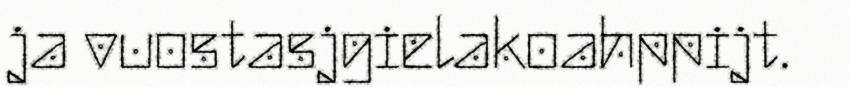
ja vuostasjgielakoahppijt.